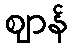
ဈာန်